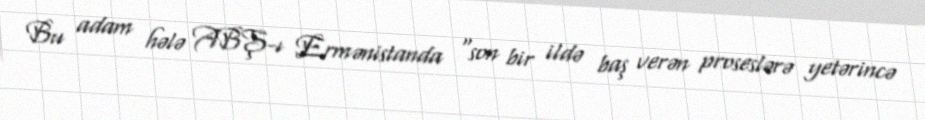
Bu adam hələ ABŞ-ı Ermənistanda “son bir ildə baş verən proseslərə yetərincə